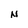
Character: N